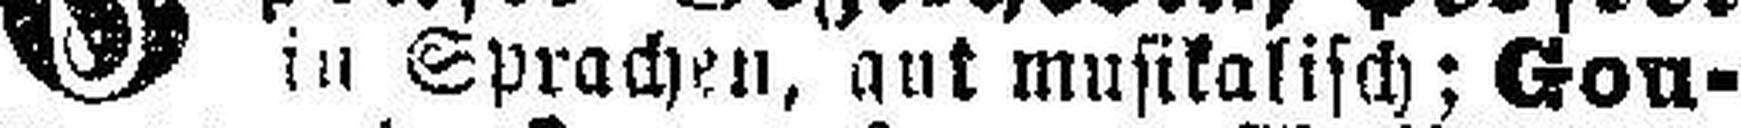
in Sprachen, gut musikalisch; Gou¬